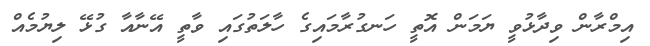
އިމްރާން ވިދާޅުވީ ޔަމަން އޮތީ ހަނގުރާމައިގެ ހާލަތުގައި ވާތީ އޭނާއާ ގުޅޭ ލިޔުމެއް